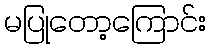
မပြုတော့ကြောင်း